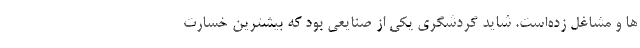
ها و مشاغل زده‌است. شاید گردشگری یکی از صنایعی بود که بیشترین خسارت